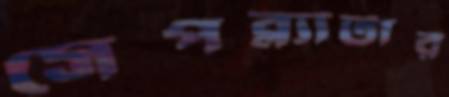
সেপব্ল্যাটার